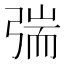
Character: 𰐜